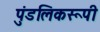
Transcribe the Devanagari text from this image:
पुंडलिकरूपी